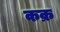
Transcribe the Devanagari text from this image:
कक्र